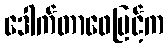
ဒေါက်တာဖေမြင့်က